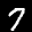
Label: 7